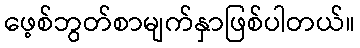
ဖေ့စ်ဘွတ်စာမျက်နှာဖြစ်ပါတယ်။